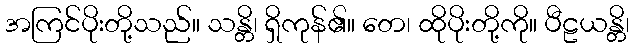
အကြင်ပိုးတို့သည်။ သန္တိ၊ ရှိကုန်၏။ တေ၊ ထိုပိုးတို့ကို။ ပီဠယန္တိ၊